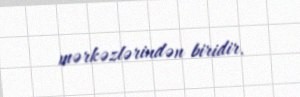
mərkəzlərindən biridir.